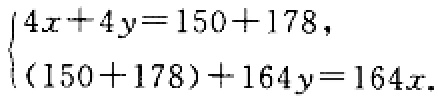
$\begin{cases}4x + 4y=150 + 178,\\(150 + 178)+164y = 164x.\end{cases}$